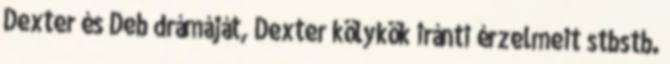
Dexter és Deb drámáját, Dexter kölykök iránti érzelmeit stbstb.